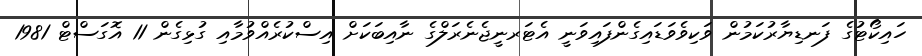
ހައިކޯޓުގެ ފަނޑިޔާރުކަމުން ވަކިވެވަޑައިގެންފައިވަނީ އެޓަރނީޖެނެރަލްގެ ނާއިބަކަށް އިސްކުރެއްވުމާއި ގުޅިގެން 11 އޮގަސްޓް 1981